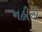
નહીની